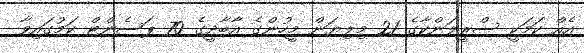
އެއް ކަމަކީ ސްރީލަންކާގެ 21 މިލިޔަން މީހުންގެ އާބާދީގެ 70 ޕަސެންޓް ކަމުގައިވާ